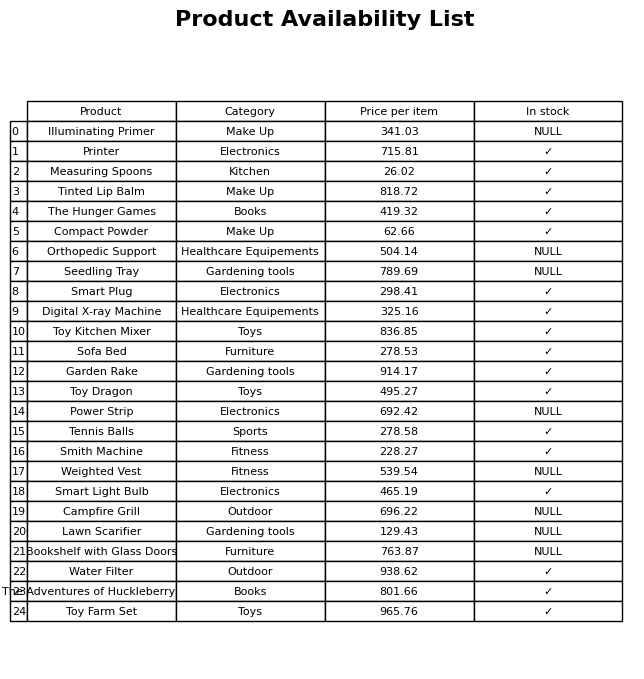
question: What is the price of the Smart Light Bulb?
answer: The price of Smart Light Bulb is 465.19.